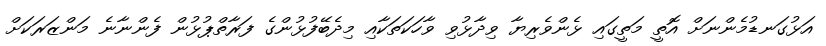
އަޅުގަނޑުމެންނަށް އޮތީ މަތީގައި ޅެންވެރިޔާ ވިދާޅުވި ވާހަކަތަކާއި މިދެބޭފުޅުންގެ ފަރާތްޕުޅުން ފެންނާނެ މަންޒަރަކަށް